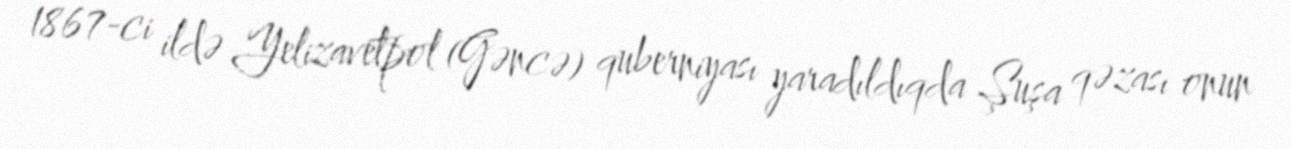
1867-ci ildə Yelizavetpol (Gəncə) quberniyası yaradıldıqda Şuşa qəzası onun